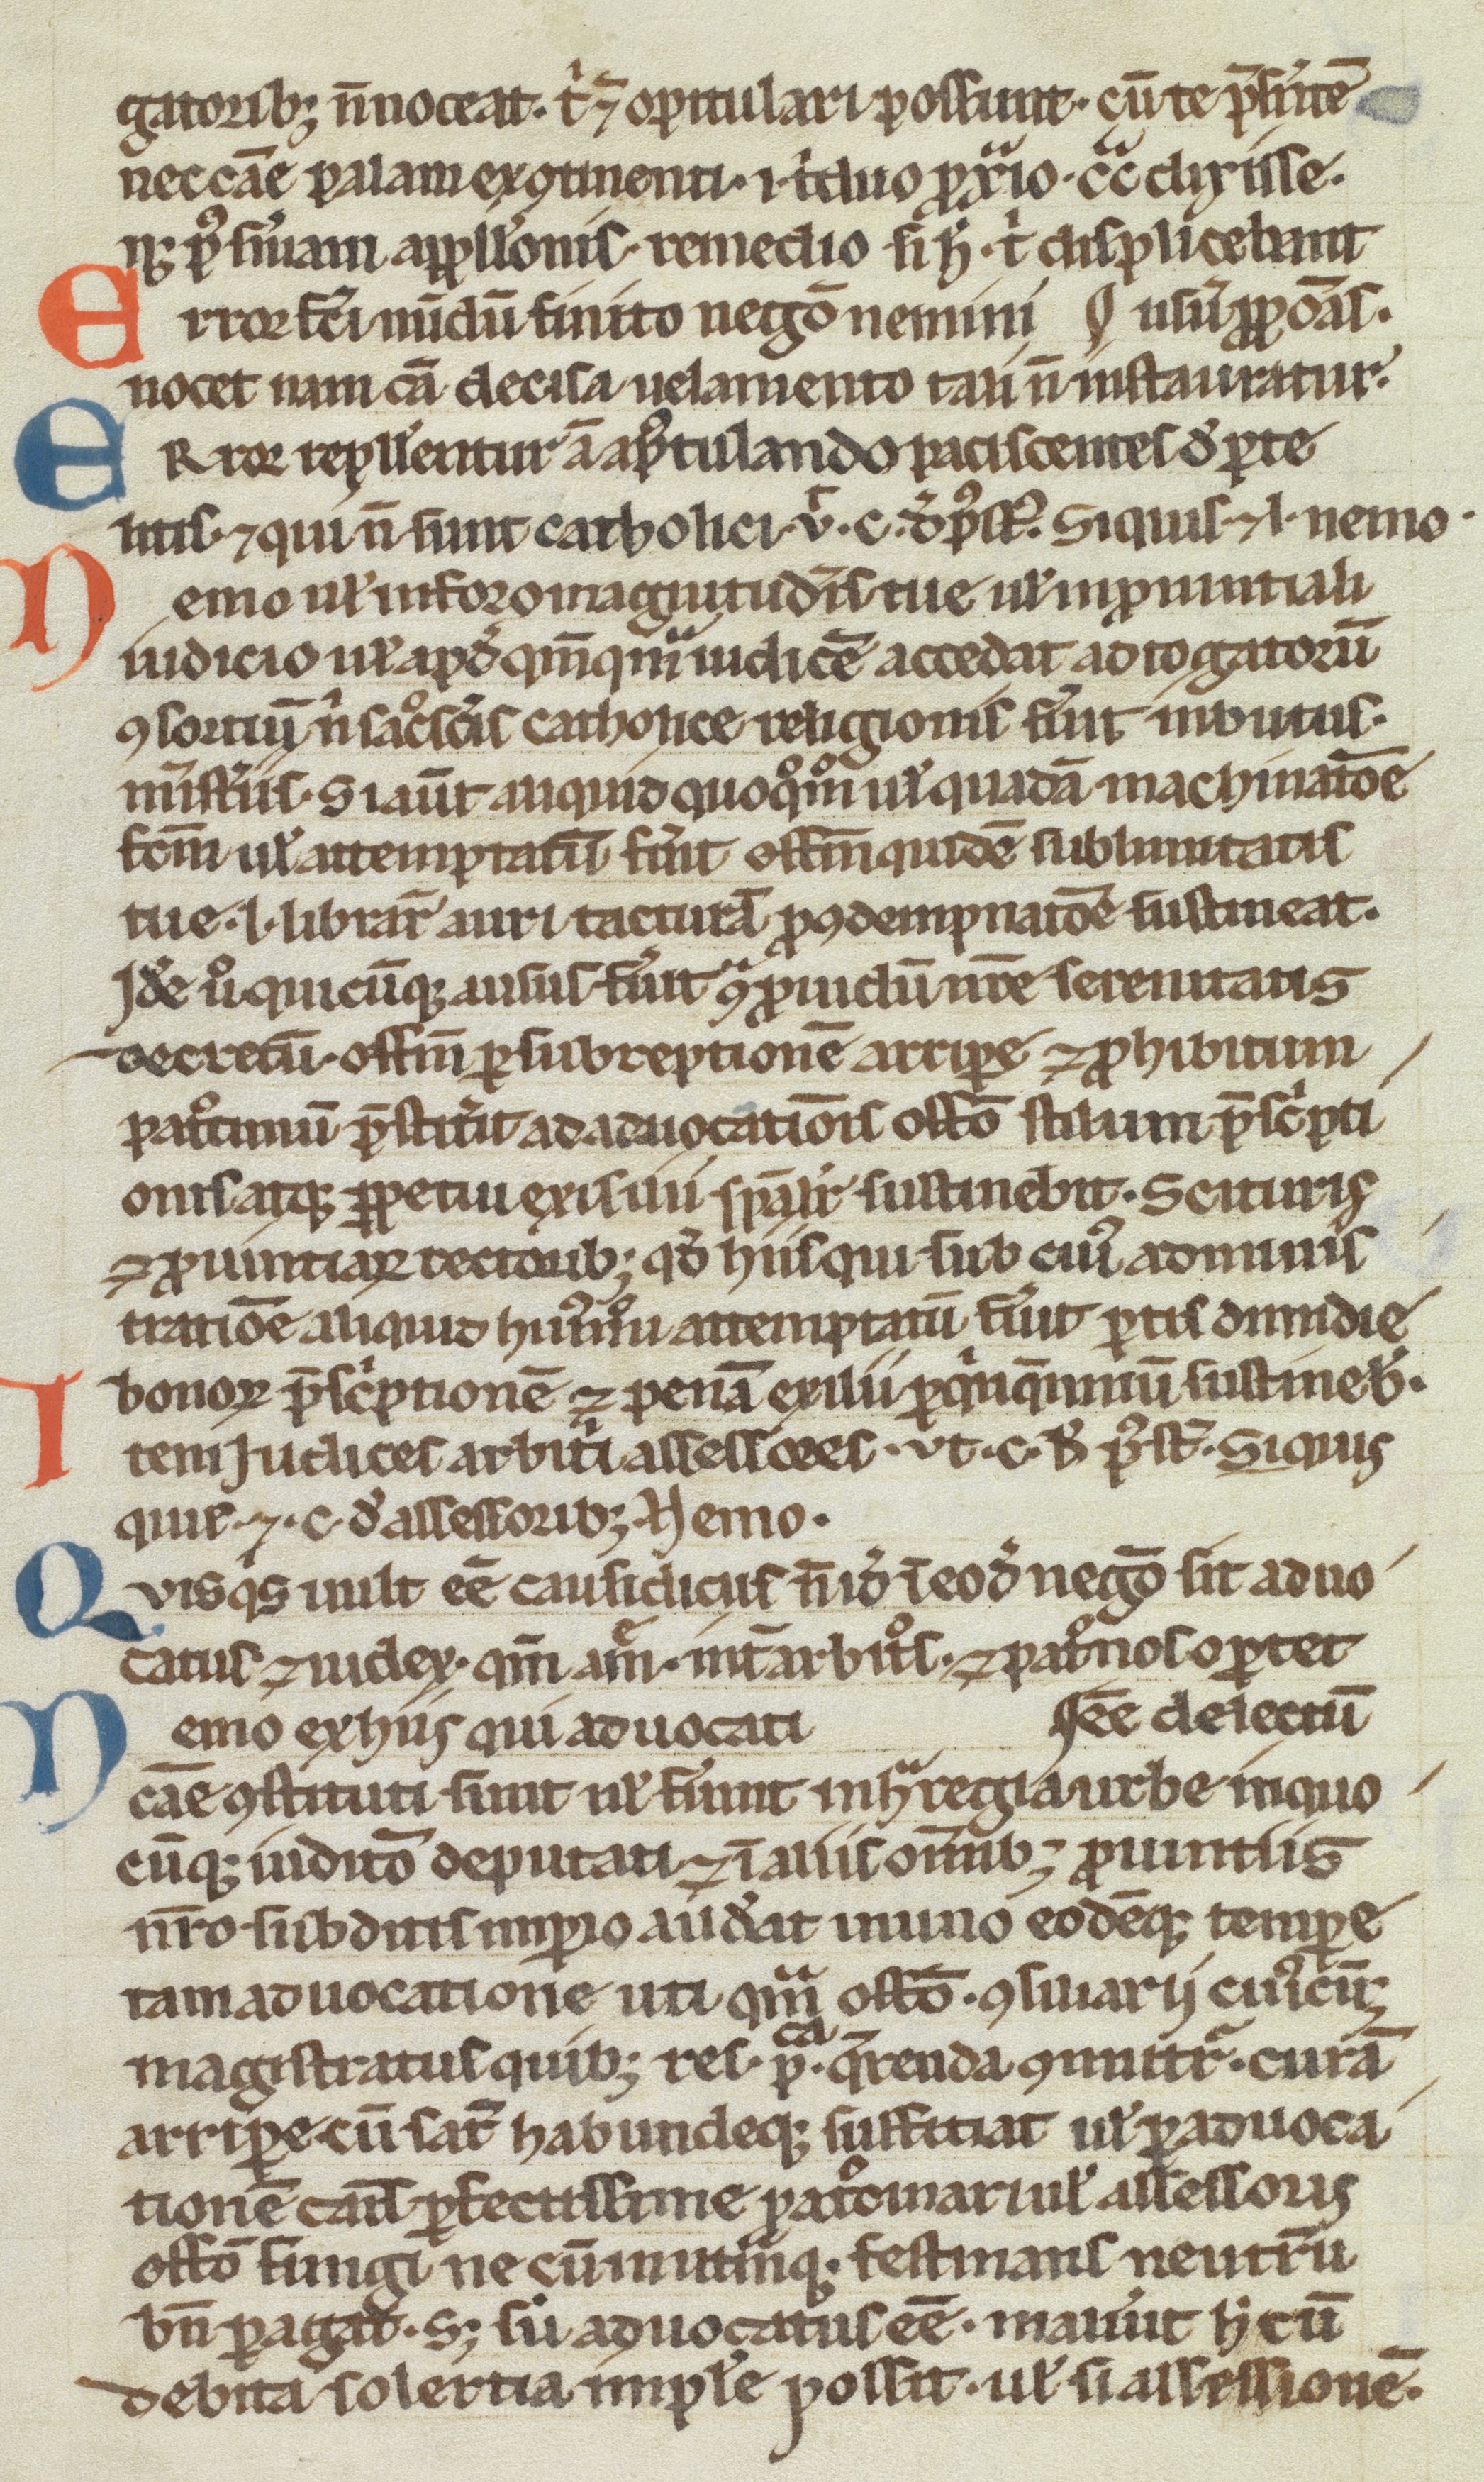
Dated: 1200–1299